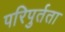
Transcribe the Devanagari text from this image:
परिपुर्तता